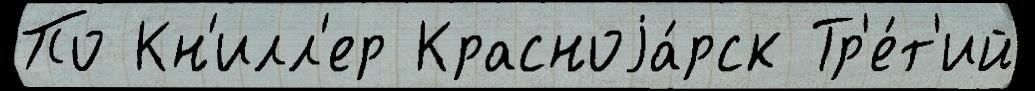
По Кн'илл'ер Красноjа́рск Тр'е́т'ий